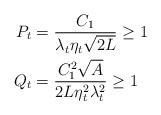
LaTeX: \begin{align*}P_{t} & =\frac{C_{1}}{\lambda_{t}\eta_{t}\sqrt{2L}}\ge1\\Q_{t} & =\frac{C_{1}^{2}\sqrt{A}}{2L\eta_{t}^{2}\lambda_{t}^{2}}\ge1\end{align*}